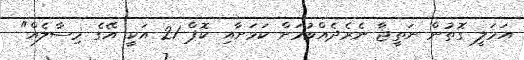
އަމަލީ ގޮތުން ނަތީޖާ ނެރެދެއްވުމަށް ކަމަށާއި ކޮޕް 21 އަކީ އޭގެ މިސާލެއް"